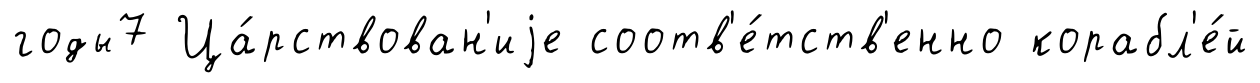
годы7 Ца́рствован'иjе соотв'е́тств'енно корабл'е́й